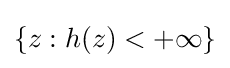
\{z:h(z)<+\infty \}